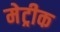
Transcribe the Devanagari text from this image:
मेट्रीक